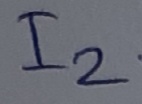
Text: I2